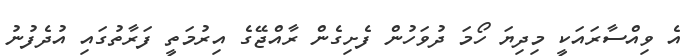
އެ ވިއްސާރައަކީ މިދިޔަ ހޯމަ ދުވަހުން ފެށިގެން ރާއްޖޭގެ އިރުމަތީ ފަރާތުގައި އުދެފުނު